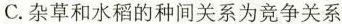
C.杂草和水稻的种间关系为竞争关系